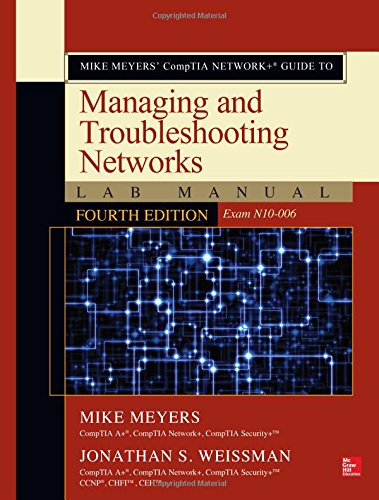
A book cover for Mike Meyers' CompTIA Network+ Guide to Managing and Troubleshooting Networks Lab Manual, Fourth Edition (Exam N10-006); Mike Meyers; Computers & Technology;